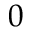
0